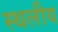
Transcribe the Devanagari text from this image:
स्‍थलीय